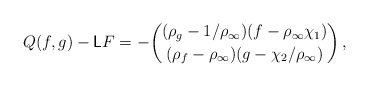
\begin{align*} Q(f,g) - \mathsf{L} F = - \binom{(\rho_g - 1/\rho_\infty)(f-\rho_\infty \chi_1)}{(\rho_f - \rho_\infty)(g-\chi_2/\rho_\infty)} \,,\end{align*}